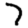
Digit: 7